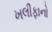
ખલીફાનો